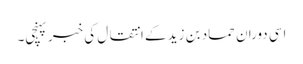
اسی دوران حماد بن زید کے انتقال کی خبر پہنچی۔